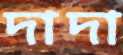
দাদা